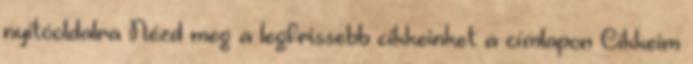
nyitóoldalra Nézd meg a legfrissebb cikkeinket a címlapon Cikkeim